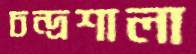
চন্দ্রশালা